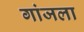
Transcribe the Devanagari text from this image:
गांजला